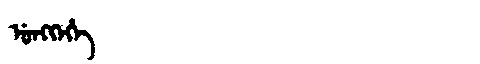
Manchu: ᡠᠩᡴᡝᡥᡝ
Romanization: UNGKEHE